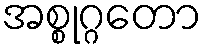
အစ္စုဂ္ဂတော